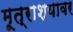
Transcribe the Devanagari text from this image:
मूत्राशयावर